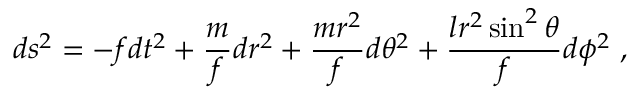
d s ^ { 2 } = - f d t ^ { 2 } + \frac { m } { f } d r ^ { 2 } + \frac { m r ^ { 2 } } { f } d \theta ^ { 2 } + \frac { l r ^ { 2 } \sin ^ { 2 } \theta } { f } d \phi ^ { 2 } \ ,